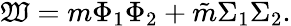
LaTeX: \mathfrak{W}=m\Phi_{1}\Phi_{2}+\tilde{{m}}\Sigma_{1}\Sigma_{2}.